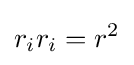
r_{i}r_{i}=r^{2}